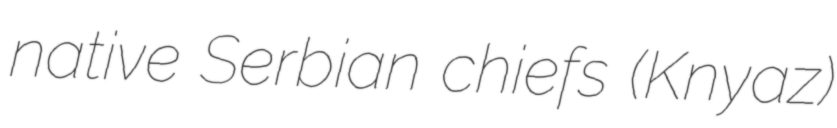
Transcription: native Serbian chiefs (Knyaz)